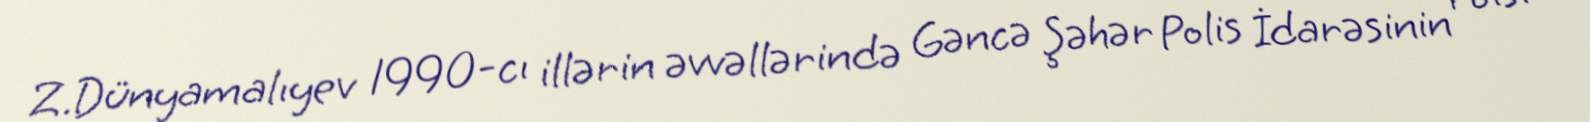
Z.Dünyamalıyev 1990-cı illərin əvvəllərində Gəncə Şəhər Polis İdarəsinin rəisi